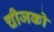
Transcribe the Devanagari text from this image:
चीजको